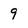
Character: 9